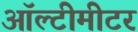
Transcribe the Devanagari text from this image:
ऑल्टीमीटर